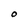
Character: O